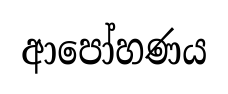
ආපෝහණය